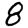
Digit: 8